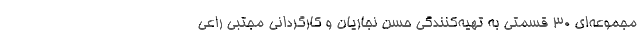
مجموعه‌ای 30 قسمتی به تهیه‌کنندگی حسن نجاریان و کارگردانی مجتبی راعی